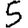
Digit: 5